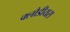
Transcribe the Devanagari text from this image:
क्लौडीयस